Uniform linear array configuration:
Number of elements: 64
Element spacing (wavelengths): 0.75
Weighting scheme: kaiser
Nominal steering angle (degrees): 30
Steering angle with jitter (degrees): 30.951
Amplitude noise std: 0.05
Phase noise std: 0.05

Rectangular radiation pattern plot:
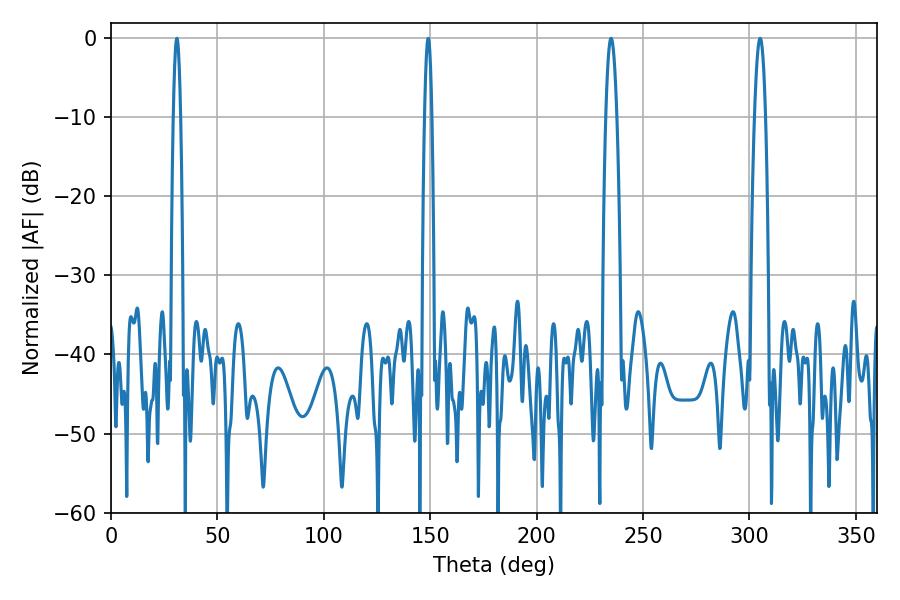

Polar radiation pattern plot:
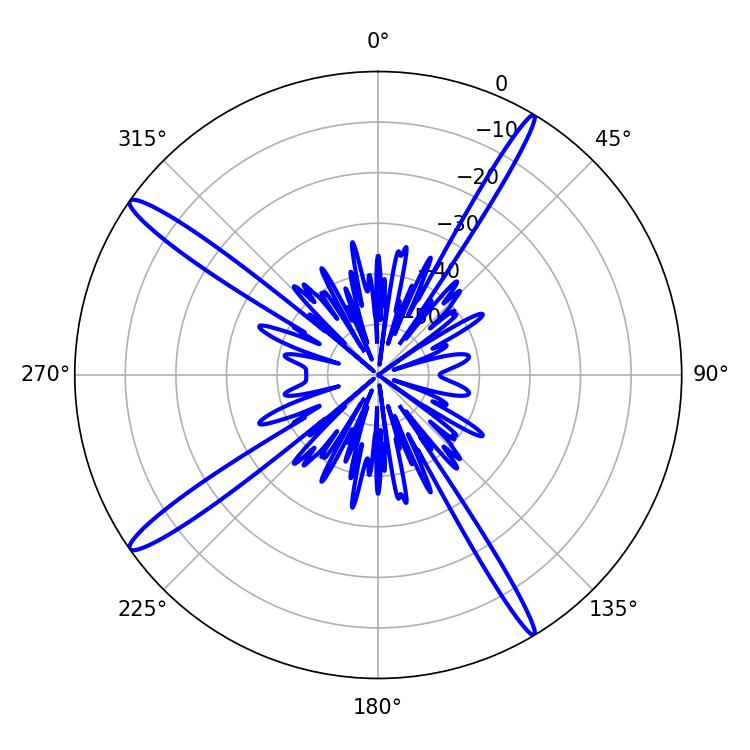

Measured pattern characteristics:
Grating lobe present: TRUE
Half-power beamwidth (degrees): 1.8
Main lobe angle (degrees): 30.96